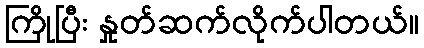
ကြိုပြီး နှုတ်ဆက်လိုက်ပါတယ်။